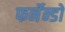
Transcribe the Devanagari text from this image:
फर्नॅन्डो